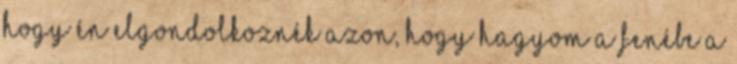
hogy én elgondolkoznék azon, hogy hagyom a fenébe a